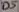
Text: D5